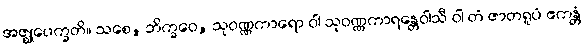
အဇ္ဈုပေက္ခတိ။ သစေ, ဘိက္ခဝေ, သုဝဏ္ဏကာရော ဝါ သုဝဏ္ဏကာရန္တေဝါသီ ဝါ တံ ဇာတရူပံ ဧကန္တံ